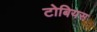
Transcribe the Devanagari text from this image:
टोबियस